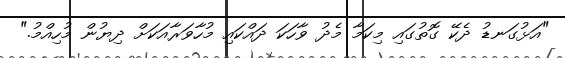
"އަޅުގަނޑު ދެކޭ ގޮތުގައި މިކަމާ މެދު ވާހަކަ ދައްކައި މުހާވަރާއަކަށް ދިޔުން މުހިއްމު."